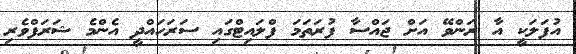
އުފަލަކީ އާ ރަންވޭ އަށް ޖައްސާ ފުރަތަމަ ފްލައިޓްގައި ސަރަހައްދީ އެންމެ ޝަރަފްވެރި